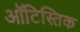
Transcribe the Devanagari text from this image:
ऑटिस्तिक